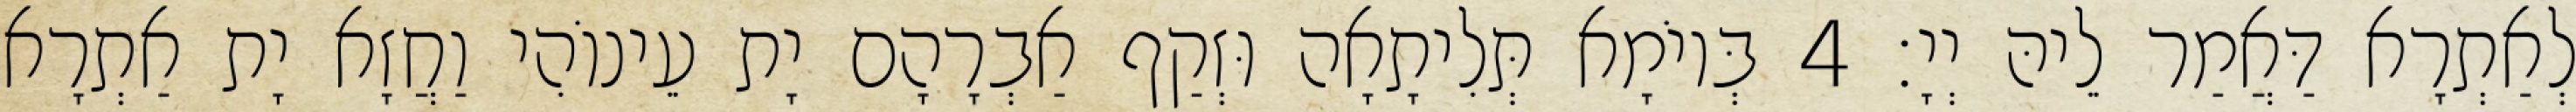
לְאַתְרָא דַּאֲמַר לֵיהּ יְיָ׃ 4 בְּיוֹמָא תְּלִיתָאָה וּזְקַף אַבְרָהָם יָת עֵינוֹהִי וַחֲזָא יָת אַתְרָא